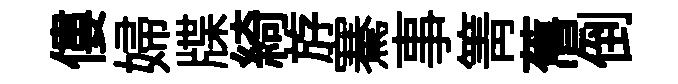
僂婦牒綺斿騫事箐𦾔倒